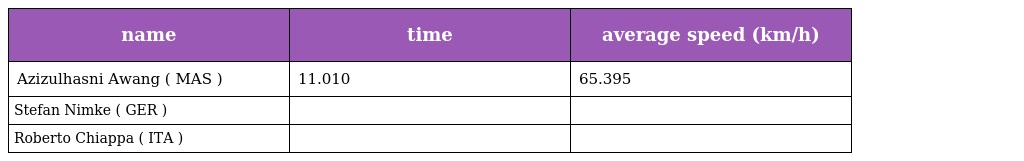
| name | time | average speed (km/h) |
 | --- | --- | --- |
 | Azizulhasni Awang ( MAS ) | 11.010 | 65.395 |
 | Stefan Nimke ( GER ) |  |  |
 | Roberto Chiappa ( ITA ) |  |  |